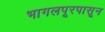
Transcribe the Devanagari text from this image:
भागलपूरपासून